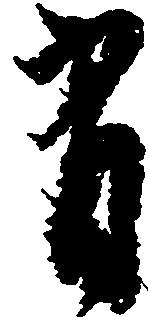
有